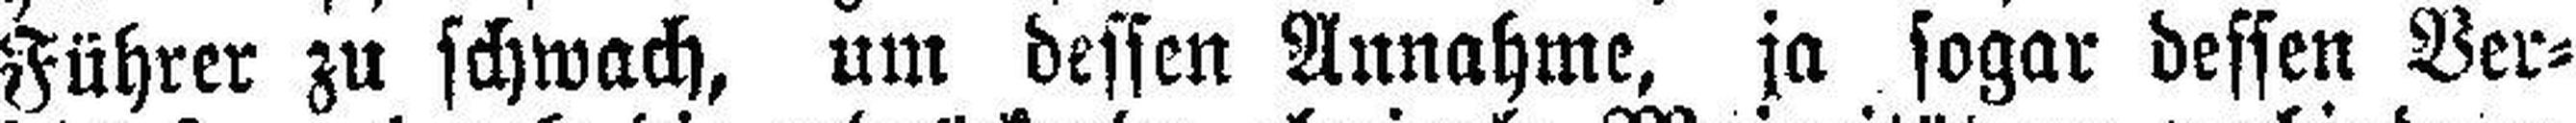
Führer zu schwach, um dessen Annahme, ja sogar dessen Ver¬